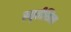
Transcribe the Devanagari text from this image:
स्मृतीशिला